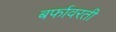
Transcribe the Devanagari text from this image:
बर्फावरती